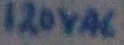
Text: 120VAC